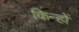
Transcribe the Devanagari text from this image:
किन्हों